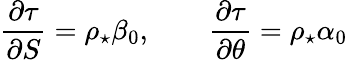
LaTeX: \frac{\partial\tau}{\partial S}=\rho_{\star}\beta_{0},\qquad\frac{\partial\tau}{\partial\theta}=\rho_{\star}\alpha_{0}